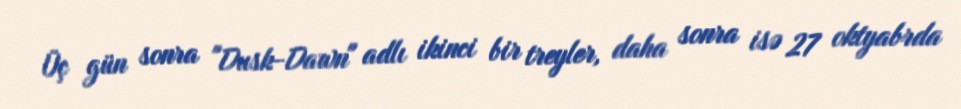
Üç gün sonra "Dusk-Dawn" adlı ikinci bir treyler, daha sonra isə 27 oktyabrda